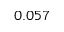
0 . 0 5 7